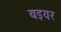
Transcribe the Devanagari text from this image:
बइयर